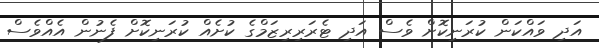
އަދި ވައްކަން ކުރަނިކޮށް ވެސް އަދި ޓެރަރިރިޒަމްގެ ކުށެއް ކުރަނިކޮށް ފެނުން އެއްވެސް